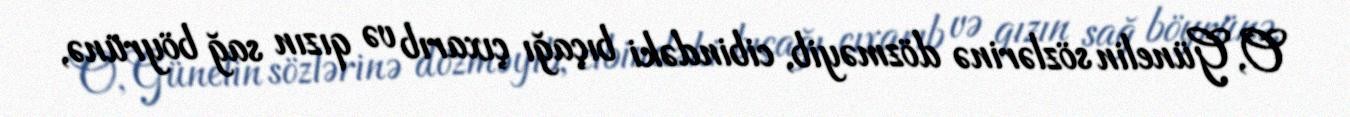
O, Günelin sözlərinə dözməyib, cibindəki bıçağı çıxarıb və qızın sağ böyrünə,